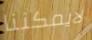
لايمكننا